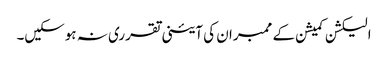
الیکشن کمیشن کے ممبران کی آئینی تقرری نہ ہوسکیں۔